Annual report of the Bengal Veterinary College and of the Civil Veterinary Department, Bengal, for the year 1911-1912 - 1911-1912
Year: 1911
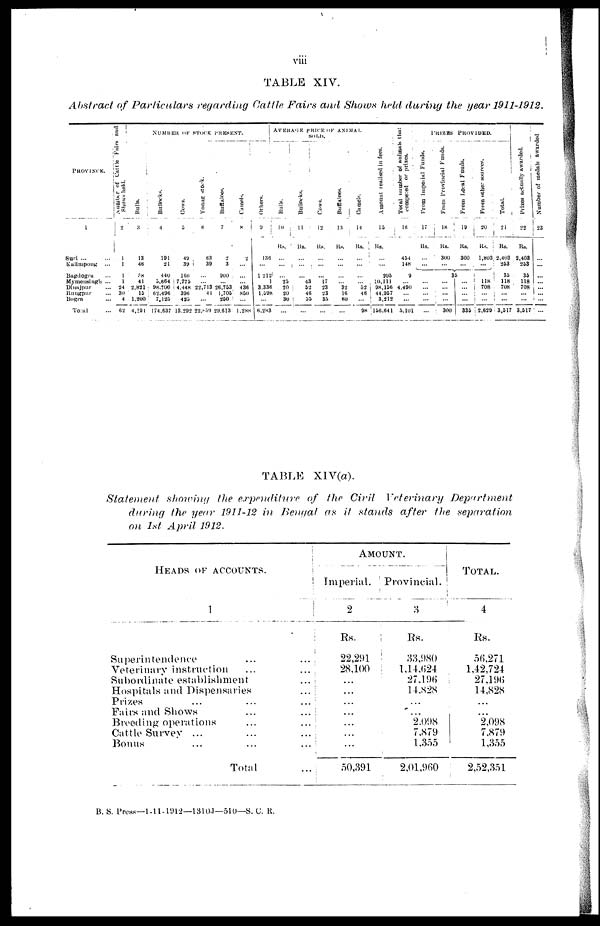
viii
TABLE XIV.
Abstract of Particulars
regarding Cattle Fairs and Shows held during the year 1911-1912.
PROVINCE.
1
Suri ... ...
Kalimpong
...
Bapdogra ...
Mymensiugh ...
Dinajpur ...
Rungpur ...
Bogra ...
Total ...
Number of Cattle Fairs and
Shows held.
2
1
1
1
1
24
30
4
62
NUMBER OF STOCK PRESENT.
Bulls.
3
13
46
58
41
2,821
15
1.200
4,194
Bullocks.
4
191
21
440
5,664
98,700
62,496
7,125
174,637
Cows.
5
49
39
160
7,775
4,448
396
425
13,292
Young stock.
6
63
39
...
...
22,713
4 1
......
22,859
Buffaloes.
7
2
3
900
...
26,753
1,705
250
29,613
Camels.
8
2
...
...
... 436
850
...
1,288
Others.
9
136
...
1,212
1
3,336
1,598
...
6,283
AVERAGE PRICE OF ANIMAL
SOLD.
Bulls.
10
Rs.
...
...
...
25
20
20
30
...
Bullocks.
11
Rs.
...
...
...
43
52
46
55
...
Cows.
12
Rs.
...
...
...
17
23
23
35
...
Buffaloes.
13
Rs.
...
...
...
... 32
16
60
...
Camels.
14
Rs.
...
...
...
...... 52
46
...
98
Amount realised in fees.
15
Rs.
...
...
205
10,111
98,156
44,957
3,212
156.641
Total number of animals that
competed or prizes.
16
454
148
9
4,490
...
...
5,101
PRIZES
PROVIDED.
From Imperial Funds.
17
Rs.
...
...
...
...
...
...
...
...
From Provincial Funds.
18
Rs.
300
...
3
...
...
...
...
300
From Local Funds.
19
Rs.
300
...
5
...
...
...
...
335
From other sources.
20
Rs.
1,803
...
...
118
708
...
...
2,629
Total.
21
Rs.
2,403
253
35
118
708
...
...
3,512
Prizes actually awarded.
22
Rs.
2,403
253
35
118
708
...
...
3,517
Number of medals awarded
23
...
...
...
...
...
...
...
...
TABLE XIV(a).
Statement
showing the expenditure
of the Civil Veterinary
Department
during the year 1911-12 in Bengal as it stands after the
separation
on 1st April 1912.
HEADS OF ACCOUNTS.
1
Superintendence
...
...
Veterinary instruction
...
...
Subordinate establishment
...
Hospitals and Dispensaries
...
Prizes
...
...
...
Fairs and Shows
...
...
Breeding operations
...
...
Cattle Survey ...
Bonus
...
...
...
Total
...
AMOUNT.
Imperial.
2
Rs.
22,291
28,100
...
...
...
...
...
...
...
50,391
Provincial.
Rs.
33,980
1,14,624
27,196
14,828
...
...
2.098
7,879
1,355
2,01,960
TOTAL.
4
Rs.
56,271
1,42,724
27,196
14,828
...
...
2,098
7,879
1,355
2,52,351
B. S. Press—1-11-1912—1310J—510—S. C. R.